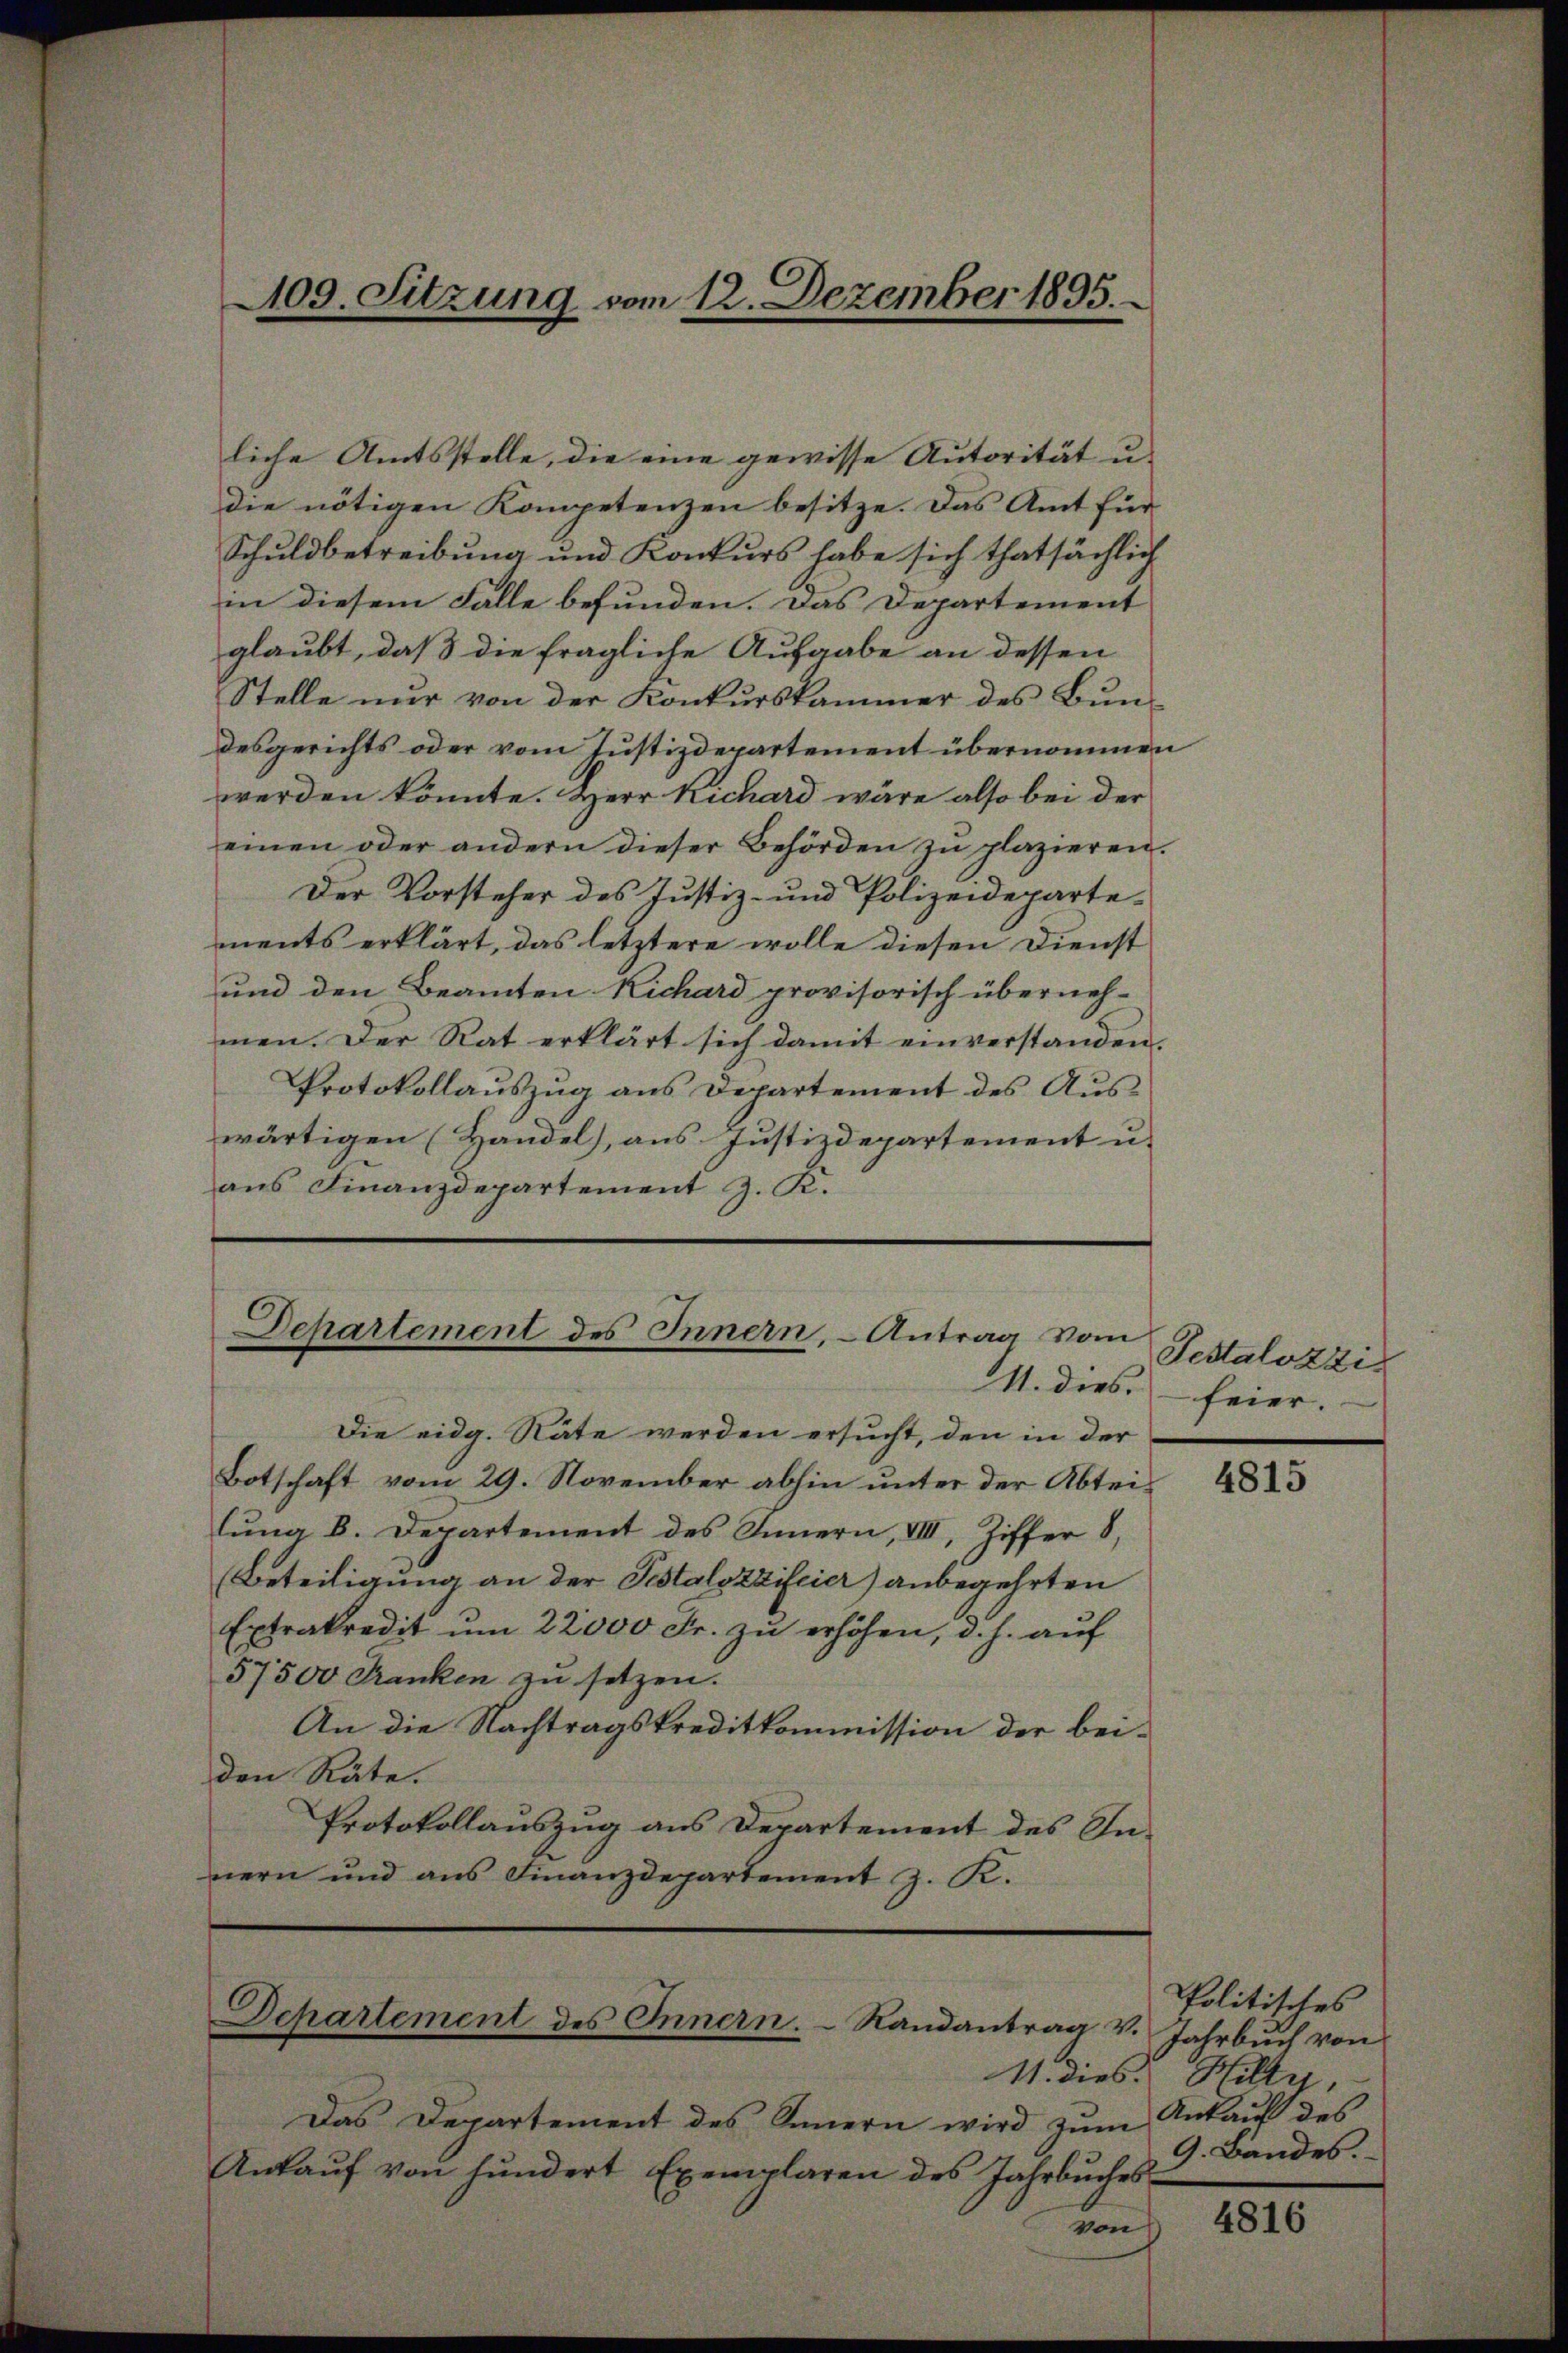
liche Amtsstelle, die eine gewisse Autorität u.
die nötigen Kompetenzen besitze. Das Amt für
Schuldbetreibung und Konkurs habe sich thatsächlich
in diesem Falle befunden. Das Departement
glaubt, daß die fragliche Aufgabe an dessen
Stelle nur von der Konkurskammer des Bundesgerichts oder vom Justizdepartement übernommen
werden könnte. Herr Richard wäre also bei der
einen oder andern dieser Behörden zŭ plazieren.
Der Vorsteher des Justiz- und Polizeidepartements erklärt, das letztere wolle diesen Dienst
und den Beamten Kichard provisorisch überneh-
men. Der Rat erklärt sich damit einverstanden.
Protokollaŭszŭg ans Departement des Aŭs-
wärtigen (Handel), aus Justizdepartement u.
aŭs Finanzdepartement J. K.
Departement des Innern, - Antrag vom

109. Sitzung vom 12. Dezember 1895.

M. dies feier.

Die eidg. Räte werden ersucht, den in der
Botschaft vom 29. November abhin unter der Abteilŭng b. Departement des Innern, VIII, Ziffer 8,
(Beteiligung an der Pestalozzifeier) anbegehrten
Extrakredit um 22000 Fr. zu erhöhen, d. h. auf
57500 Franken zu setzen.
An die Nachtragskreditkommission der beiden Räte.
Protokollauszug aus Departement des Innern und ans Finanzdepartement J. K.

Departement des Innern. Randantrag v.
11. dies Hilty,

Testalozzi

Das Departement des Innern wird zŭm
Ankaŭf von hundert Exemplaren des Jahrbuches
von

4815

Politisches
Jahrbuch von
Ankauf des
9. Bandes.

4816